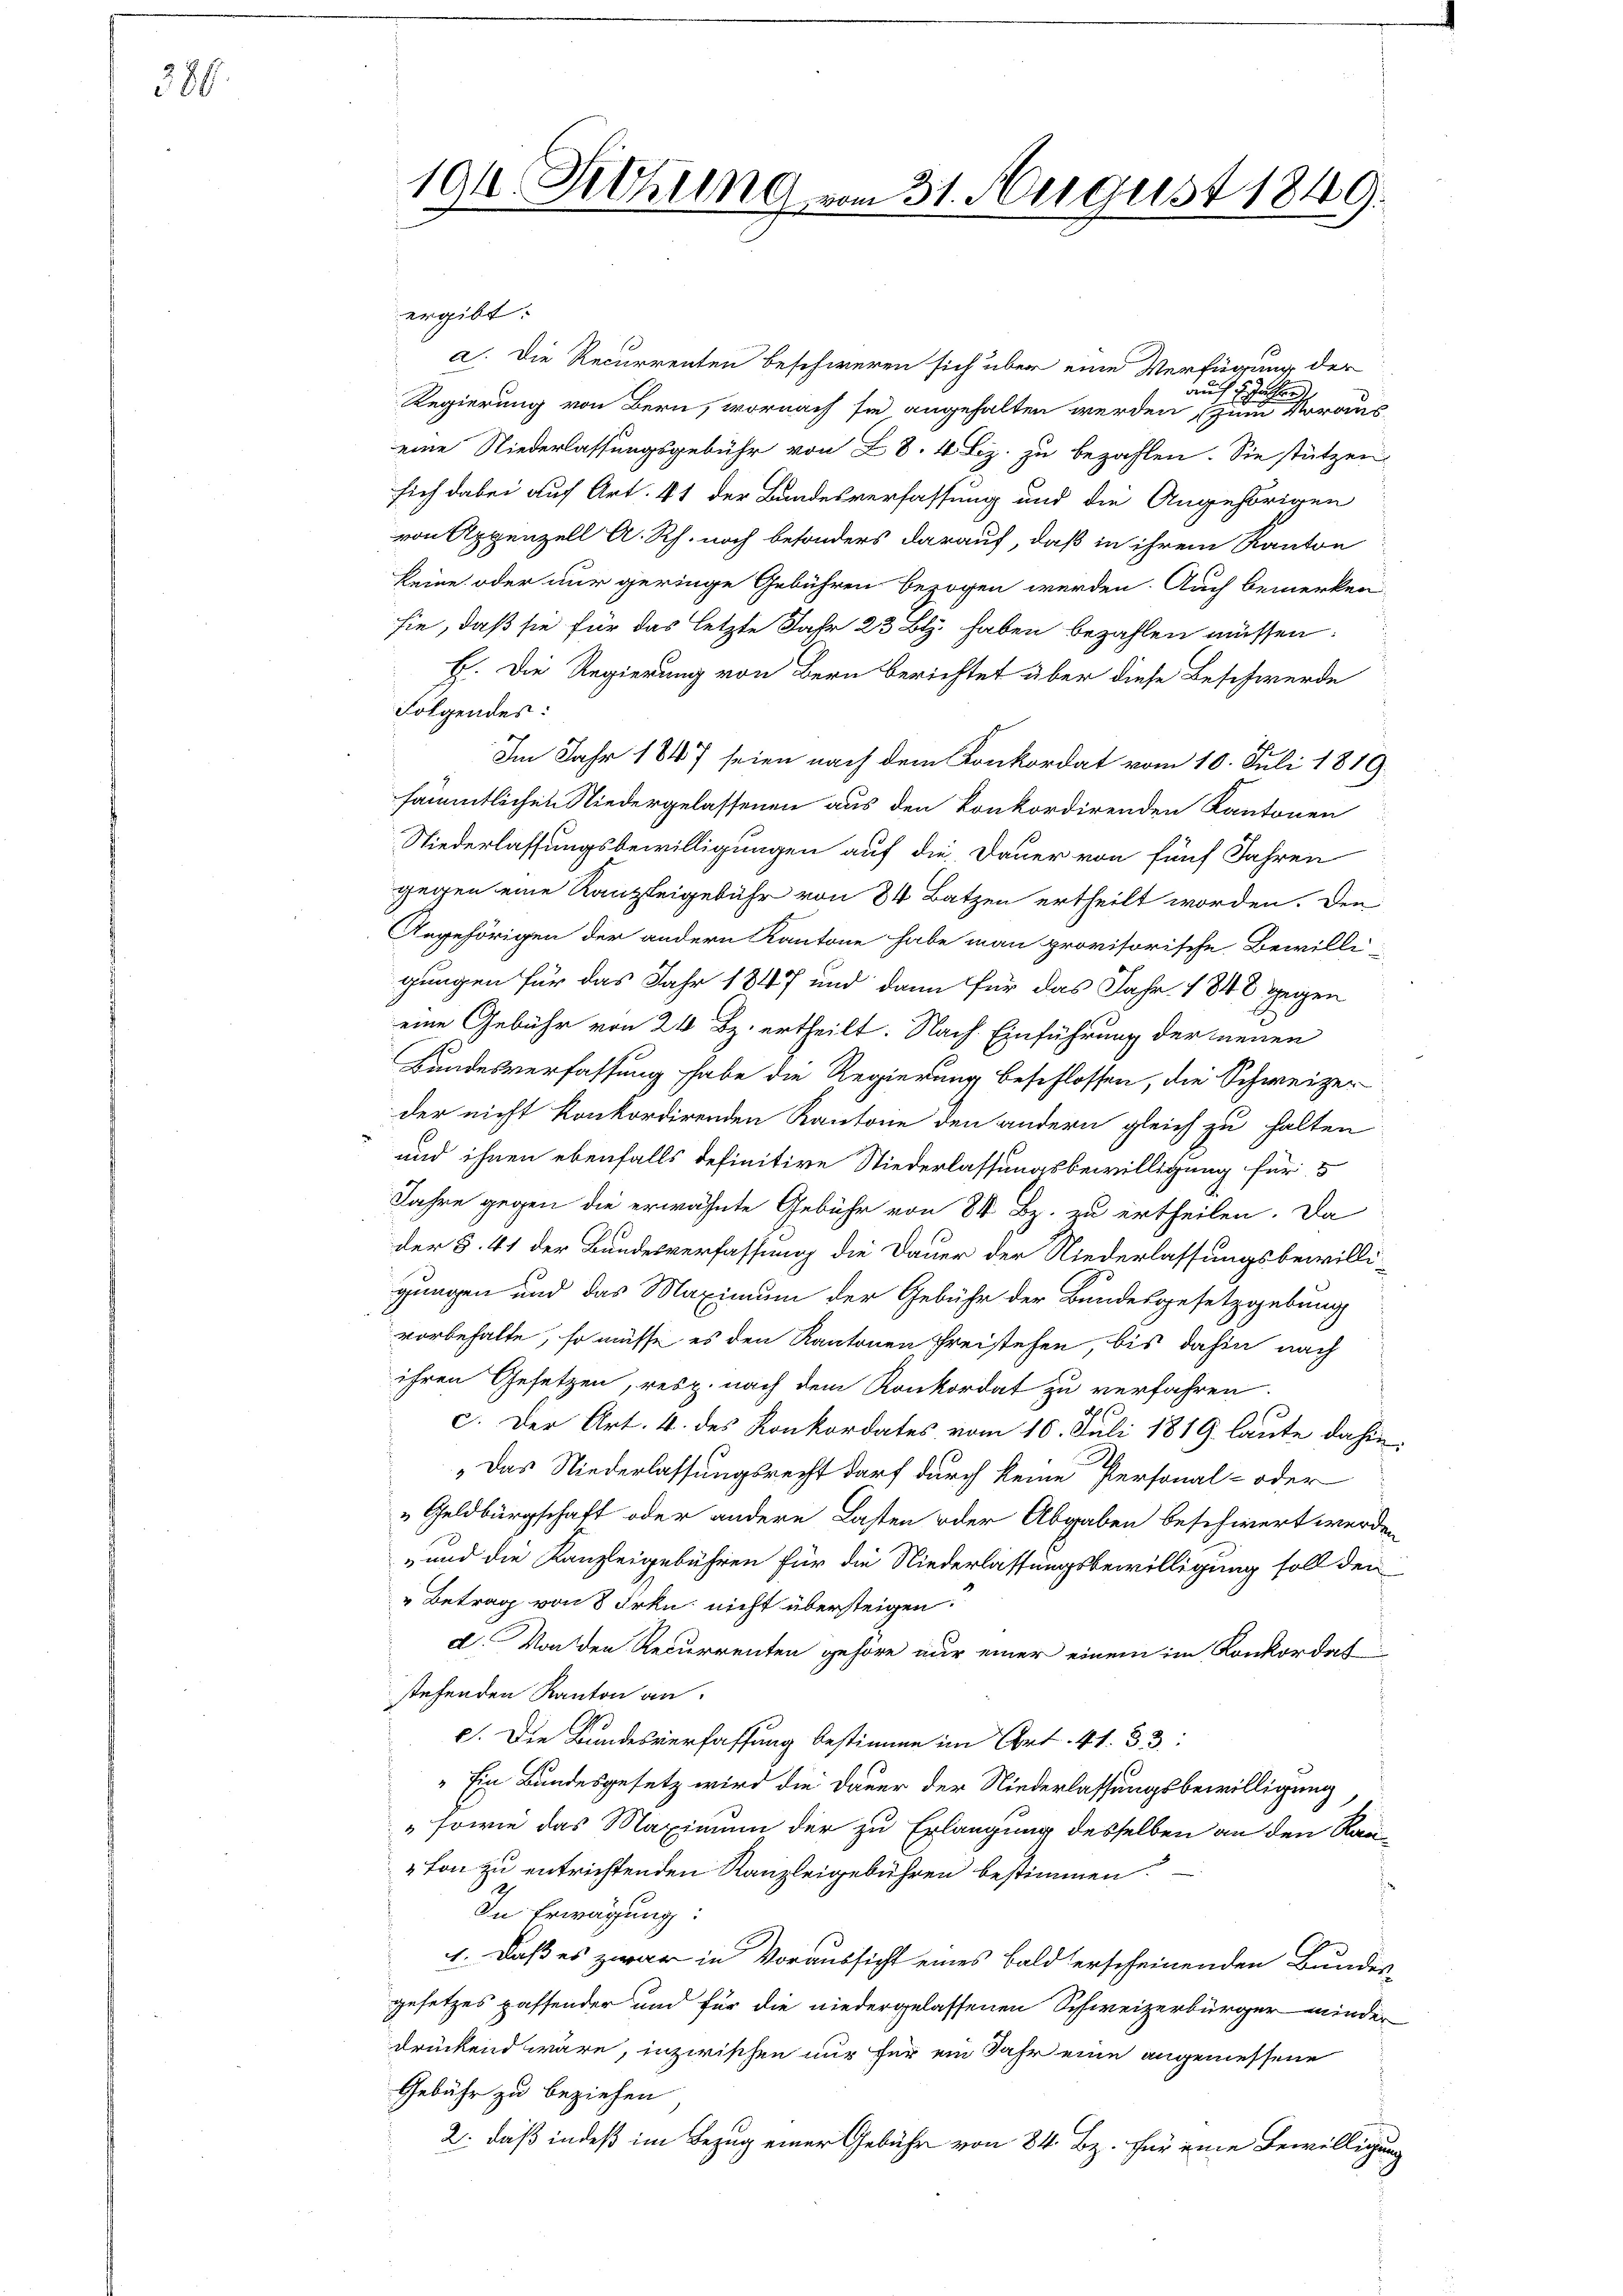
389.

194 Rohung vom 31. August 1849.

ergibt:
a. Die Recurrenten beschweren sich über eine Verfügung der
auff 5 Jahre
Regierung von Bern, wornach sie angehalten werden, zum Vorauseine Niederlassungsgebühr von 28. 4. Bz. zu bezahlen. Sie stützen
sich dabei auf Art. 41 der Bundesverfassung und die Angehörigen
von Appenzell A. Rh. noch besonders darauf, daß in ihrem Kanton
keine oder nur geringe Gebühren bezogen werden. Auch bemerken
sie, daß sie für das letzte Jahr 23 Bl. haben bezahlen müssen.
E. Die Regierung von Bern berichtet über diese Beschwerde
Folgendes:
Im Jahr 1847 seien nach dem Konkordat vom 10. Juli 1819.
sämmtlichen Niedergelassenen aus den konkordirenden Kantonen
Niederlassungsbewilligungen auf die Dauer von fünf Jahren
gegen eine Kanzleigebühr von 84 Batzen ertheilt worden. Den
Angehörigen der andern Kantone habe man provisorische Bewilli-
gungen für das Jahr 1847 und dann für das Jahr 1848 gegen
eine Gebühr von 24 Bz. ertheilt. Nach Einführung der neuen
Bundesverfassung habe die Regierung beschlossen, die Schweizer
der nicht konkordirenden Kantone den andern gleich zu halten
und ihnen ebenfalls definitive Niederlassungsbewilligung für 5
Jahre gegen die erwähnte Gebühr von 84 Bz. zu ertheilen. Da
der §. 41 der Bundesverfassung die Dauer der Niederlassungsbewilligungen und das Maximum der Gebühr der Bundesgesetzgebung
vorbehalte, so müsse es den Kantonen Freistehen, bis dahin nach
ihren Gesetzen, resp. nach dem Konkordat zu verfahren.
c. Der Art. 4. des Konkordates vom 16. Juli 1819 laute dahin,
„Das Niederlassungsrecht darf durch keine Personal- oder
„Geldbürgschaft oder andere Lasten oder Abgaben beschwert werden
„und die Kanzleigebühren für die Niederlassungsbewilligung soll den
" Betrag von 8 Frkn. nicht übersteigen.
d. Von den Recurrenten gehöre nur einer einem im Konkordat
stehenden Kanton an.
c. Die Bundesverfassung bestimme im Art. 41. 33:
" Ein Bundesgesetz wird die Dauer der Niederlassungsbewilligung,
" sowie das Maximum der zu Erlangung desselben an den Rau¬
„Von zu entrichtenden Kanzleigebühren bestimmen.
In Erwägung:
1. Daß es zwar in Voraussicht eines Bald erscheinenden Bundes-
gesetzes passender und für die niedergelassenen Schweizerbürger minder
drückend wäre, inzwischen nur für ein Jahr eine angemessene
Gebühr zu beziehen,
2. daß indeß im Bezug einer Gebühr von 84. Bz. für eine Bewilligung